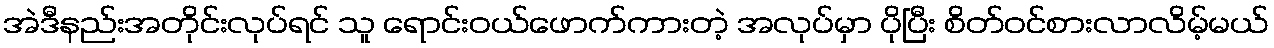
အဲဒီနည်းအတိုင်းလုပ်ရင် သူ ရောင်းဝယ်ဖောက်ကားတဲ့ အလုပ်မှာ ပိုပြီး စိတ်ဝင်စားလာလိမ့်မယ်